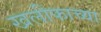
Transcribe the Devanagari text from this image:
खलीफाच्या